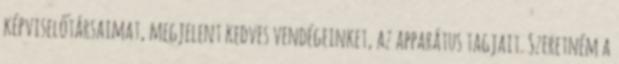
képviselőtársaimat, megjelent kedves vendégeinket, az apparátus tagjait. Szeretném a